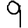
Digit: 9